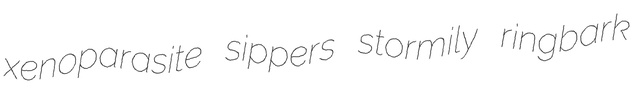
xenoparasite sippers stormily ringbark